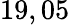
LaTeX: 19,05